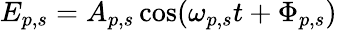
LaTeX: E_{p,s}=A_{p,s}\cos(\omega_{p,s}t+\Phi_{p,s})